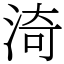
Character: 渏